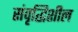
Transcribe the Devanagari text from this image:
संवृद्धिशील